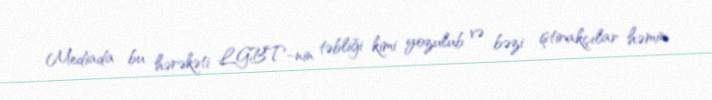
Mediada bu hərəkəti LGBT-nin təbliği kimi yozulub və bəzi iştirakçılar həmin